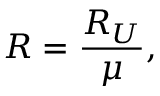
R = \frac { R _ { U } } { \mu } ,